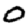
Digit: 0